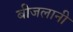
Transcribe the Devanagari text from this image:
बीजलानी